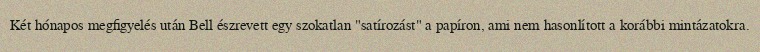
Két hónapos megfigyelés után Bell észrevett egy szokatlan "satírozást" a papíron, ami nem hasonlított a korábbi mintázatokra.